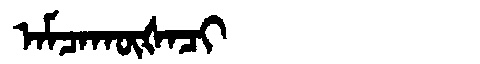
Manchu: ᠠᠮᠴᠠᡴᡡᡧᠠᠴᡳ
Romanization: AMCAKŪŠACI